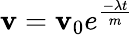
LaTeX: \mathbf{v}=\mathbf{v}_{0}e^{\frac{-\lambda t}{m}}